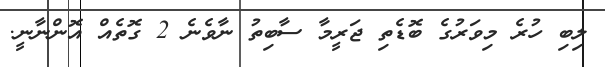
ލިބި ހުރެ މިވަރުގެ ބޮޑެތި ޖަރީމާ ސާބިތު ނާވެނެ 2 ގޮތެއް އޮންނާނީ.